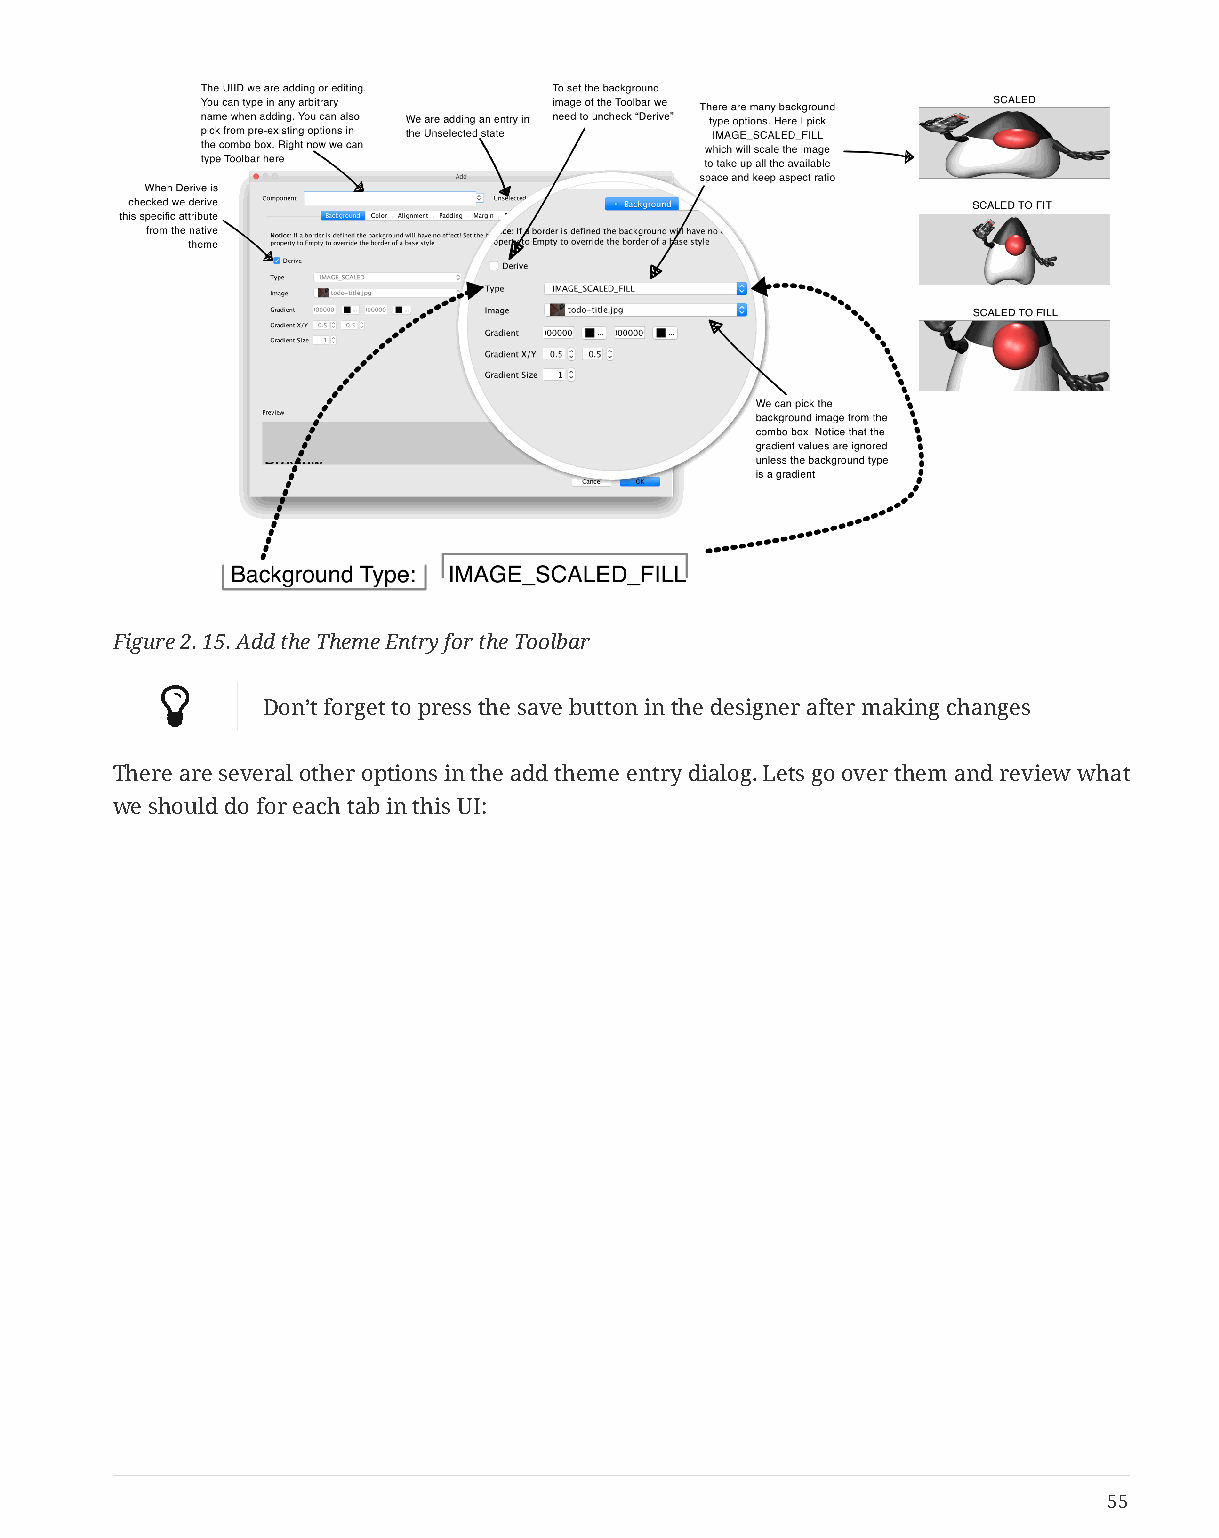
Figure 2. 15. Add the Theme Entry for the Toolbar
 
 Don’t forget to press the save button in the designer after making changes
 There are several other options in the add theme entry dialog. Lets go over them and review what
 we should do for each tab in this UI:
 55